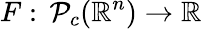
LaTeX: F:\, \mathcal P_{c}(\mathbb{R}^{n})\to\mathbb{R}